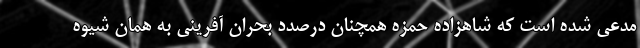
مدعی شده است که شاهزاده حمزه همچنان درصدد بحران آفرینی به همان شیوه